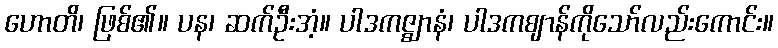
ဟောတိ၊ ဖြစ်၏။ ပန၊ ဆက်ဦးအံ့။ ပါဒကဇ္ဈာနံ၊ ပါဒကဈာန်ကိုသော်လည်းကောင်း။